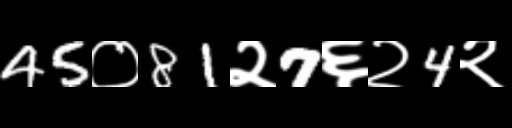
Text: 45०81२7६२4२